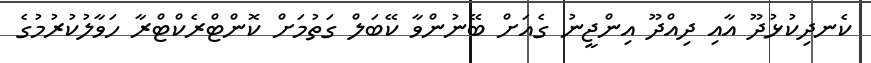
ކެނދިކުޅުދޫ އާއި ދިއްދޫ އިންޖީނު ގެއަށް ބޭނުންވާ ކޭބަލް ގަތުމަށް ކޮންޓްރެކްޓްރާ ހަވާލުކުރުމުގެ